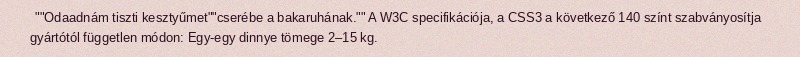
""Odaadnám tiszti kesztyűmet""cserébe a bakaruhának."" A W3C specifikációja, a CSS3 a következő 140 színt szabványosítja gyártótól független módon: Egy-egy dinnye tömege 2–15 kg.